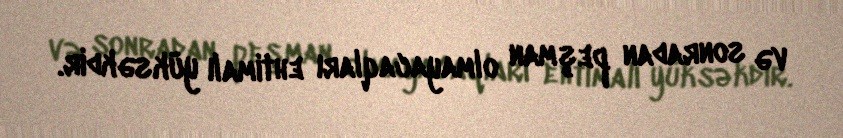
və sonradan peşman olmayacaqları ehtimalı yüksəkdir.